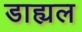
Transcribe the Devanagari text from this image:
डाह्यल